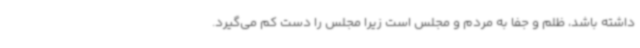
داشته باشد، ظلم و جفا به مردم و مجلس است زیرا مجلس را دست کم می‌گیرد.